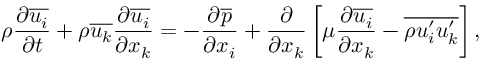
\rho \frac { \partial { \overline { { u _ { i } } } } } { \partial { t } } + \rho \overline { { u _ { k } } } \frac { \partial { \overline { { u _ { i } } } } } { \partial { x _ { k } } } = - \frac { \partial { \overline { { p } } } } { \partial { x _ { i } } } + \frac { \partial } { \partial { x } _ { k } } \left[ \mu \frac { \partial { \overline { { u _ { i } } } } } { \partial { x } _ { k } } - \overline { { \rho { u _ { i } ^ { \prime } } { u _ { k } ^ { \prime } } } } \right] ,